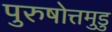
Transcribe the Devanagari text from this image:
पुरुषोत्तमुडु